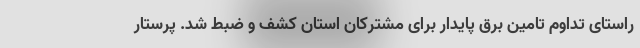
راستای تداوم تامین برق پایدار برای مشترکان استان کشف و ضبط شد. پرستار